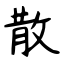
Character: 散